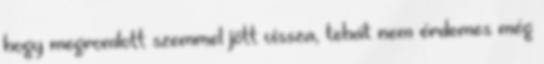
hogy megromlott szemmel jött vissza, tehát nem érdemes még